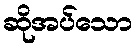
ဆိုအပ်သော